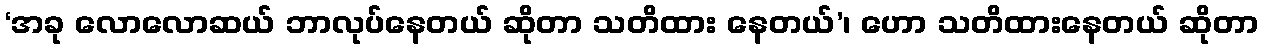
‘အခု လောလောဆယ် ဘာလုပ်နေတယ် ဆိုတာ သတိထား နေတယ်’၊ ဟော သတိထားနေတယ် ဆိုတာ